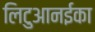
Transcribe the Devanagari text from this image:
लिटुआनईका